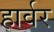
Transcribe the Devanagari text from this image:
हार्वर